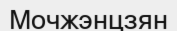
Мочжэнцзян